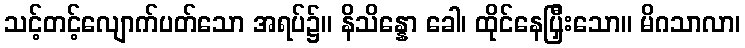
သင့်တင့်လျောက်ပတ်သော အရပ်၌။ နိသိန္နော ခေါ၊ ထိုင်နေပြှီးသော။ မိဂသာလာ၊